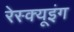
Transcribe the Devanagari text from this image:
रेस्‍क्‍यूइंग